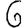
Digit: 6